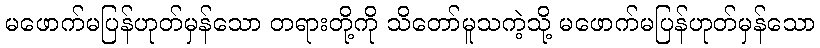
မဖောက်မပြန်ဟုတ်မှန်သော တရားတို့ကို သိတော်မူသကဲ့သို့ မဖောက်မပြန်ဟုတ်မှန်သော